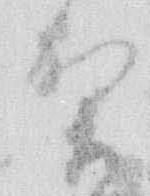
賀